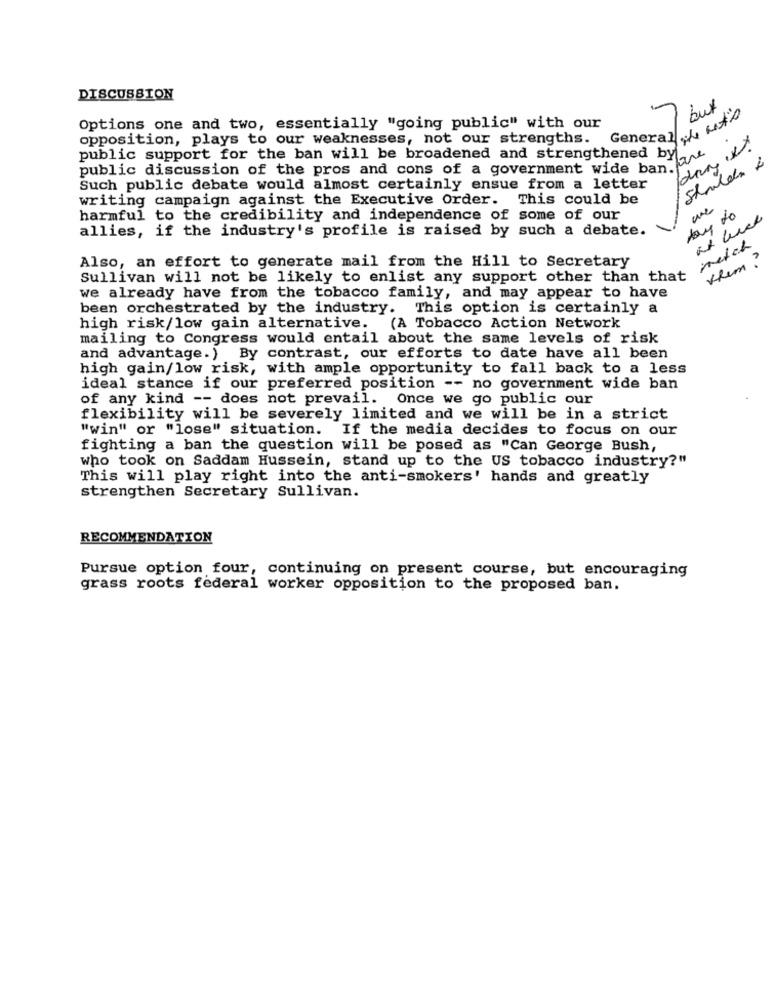
DISCUSSION
but
Options one and two, essentially "going public" with our
General 4 Lits
opposition, plays to our weaknesses, not our strengths.
public support for the ban will be broadened and strengthened by|
public discussion of the pros and cons of a government wide ban.
Such public debate would almost certainly ensue from a letter
writing campaign against the Executive Order. This could be
day to
une
harmful to the credibility and independence of some of our
allies, if the industry's profile is raised by such a debate.
match
Khem?
Also, an effort to generate mail from the Hill to Secretary
Sullivan will not be likely to enlist any support other than that
we already have from the tobacco family, and may appear to have
been orchestrated by the industry. This option is certainly a
high risk/low gain alternative. (A Tobacco Action Network
mailing to Congress would entail about the same levels of risk
and advantage.) By contrast, our efforts to date have all been
high gain/low risk, with ample opportunity to fall back to a less
ideal stance if our preferred position -- no government wide ban
of any kind -- does not prevail.
Once we go public our
flexibility will be severely limited and we will be in a strict
"win" or "lose" situation. If the media decides to focus on our
fighting a ban the question will be posed as "Can George Bush,
who took on Saddam Hussein, stand up to the US tobacco industry?"
This will play right into the anti-smokers' hands and greatly
strengthen Secretary Sullivan.
RECOMMENDATION
Pursue option four, continuing on present course, but encouraging
grass roots federal worker opposition to the proposed ban.